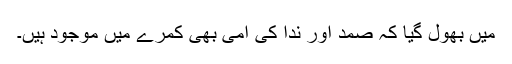
میں بھول گیا کہ صمد اور ندا کی امی بھی کمرے میں موجود ہیں۔